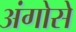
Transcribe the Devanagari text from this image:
अंगोसे